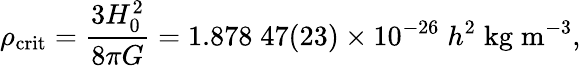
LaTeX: \rho_{\mathrm{crit}}={\frac{3H_{0}^{2}}{8\pi G}}=1.878\; 47(23)\times 10^{-26}\; h^{2}\; {\mathrm{kg}}\; {\mathrm{m}}^{-3},